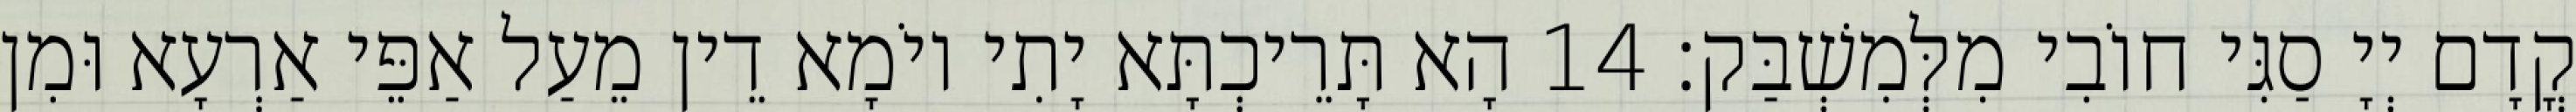
קֳדָם יְיָ סַגִּי חוֹבִי מִלְּמִשְׁבַּק׃ 14 הָא תָּרֵיכְתָּא יָתִי יוֹמָא דֵין מֵעַל אַפֵּי אַרְעָא וּמִן